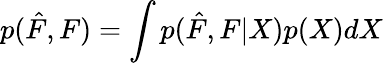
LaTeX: p(\hat{F},F)=\int p(\hat{F},F|X)p(X)dX